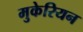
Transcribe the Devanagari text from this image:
मुकेरियन